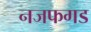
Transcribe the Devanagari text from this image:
नजफगड